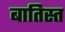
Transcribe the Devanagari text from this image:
बातिस्त